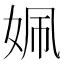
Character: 姵